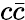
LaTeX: c\bar{c}